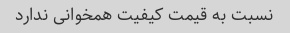
نسبت به قیمت کیفیت همخوانی ندارد